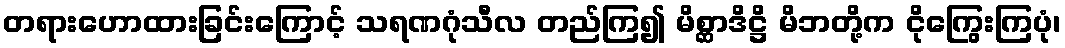
တရားဟောထားခြင်းကြောင့် သရဏဂုံသီလ တည်ကြ၍ မိစ္ဆာဒိဋ္ဌိ မိဘတို့က ငိုကြွေးကြပုံ၊